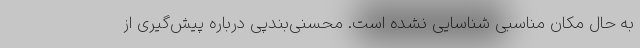
به حال مکان مناسبی شناسایی نشده است. محسنی‌بندپی درباره پیش‌گیری از